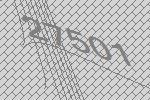
27501